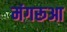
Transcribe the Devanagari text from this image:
मंगरूआ